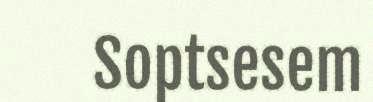
Soptsesem